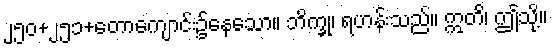
၂၅၀+၂၅၁+တောကျောင်း၌နေသော။ ဘိက္ခု၊ ရဟန်းသည်။ ဣတိ၊ ဤသို့။